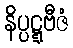
နိပ္ပဋ္ဋဗီဇံ